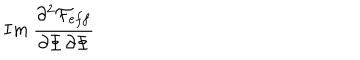
I m \: \frac { \partial ^ { 2 } { \cal F } _ { e f f } } { \partial \Phi \, \partial \Phi }